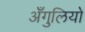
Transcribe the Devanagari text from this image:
अँगुलियो